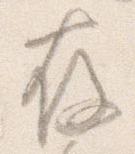
存